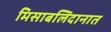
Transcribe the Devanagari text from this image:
मिसाबलिदानात